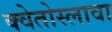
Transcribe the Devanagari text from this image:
क्वेतोस्लावा